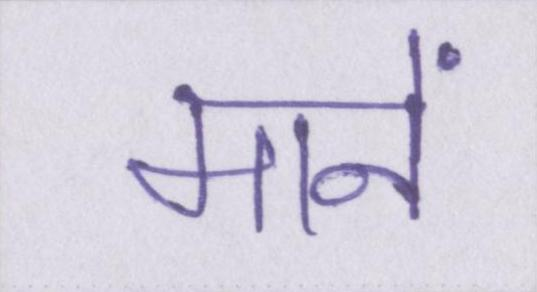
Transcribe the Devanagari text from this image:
मानें